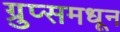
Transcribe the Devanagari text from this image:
ग्रुप्समधून